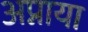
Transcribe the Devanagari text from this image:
अप्नाया